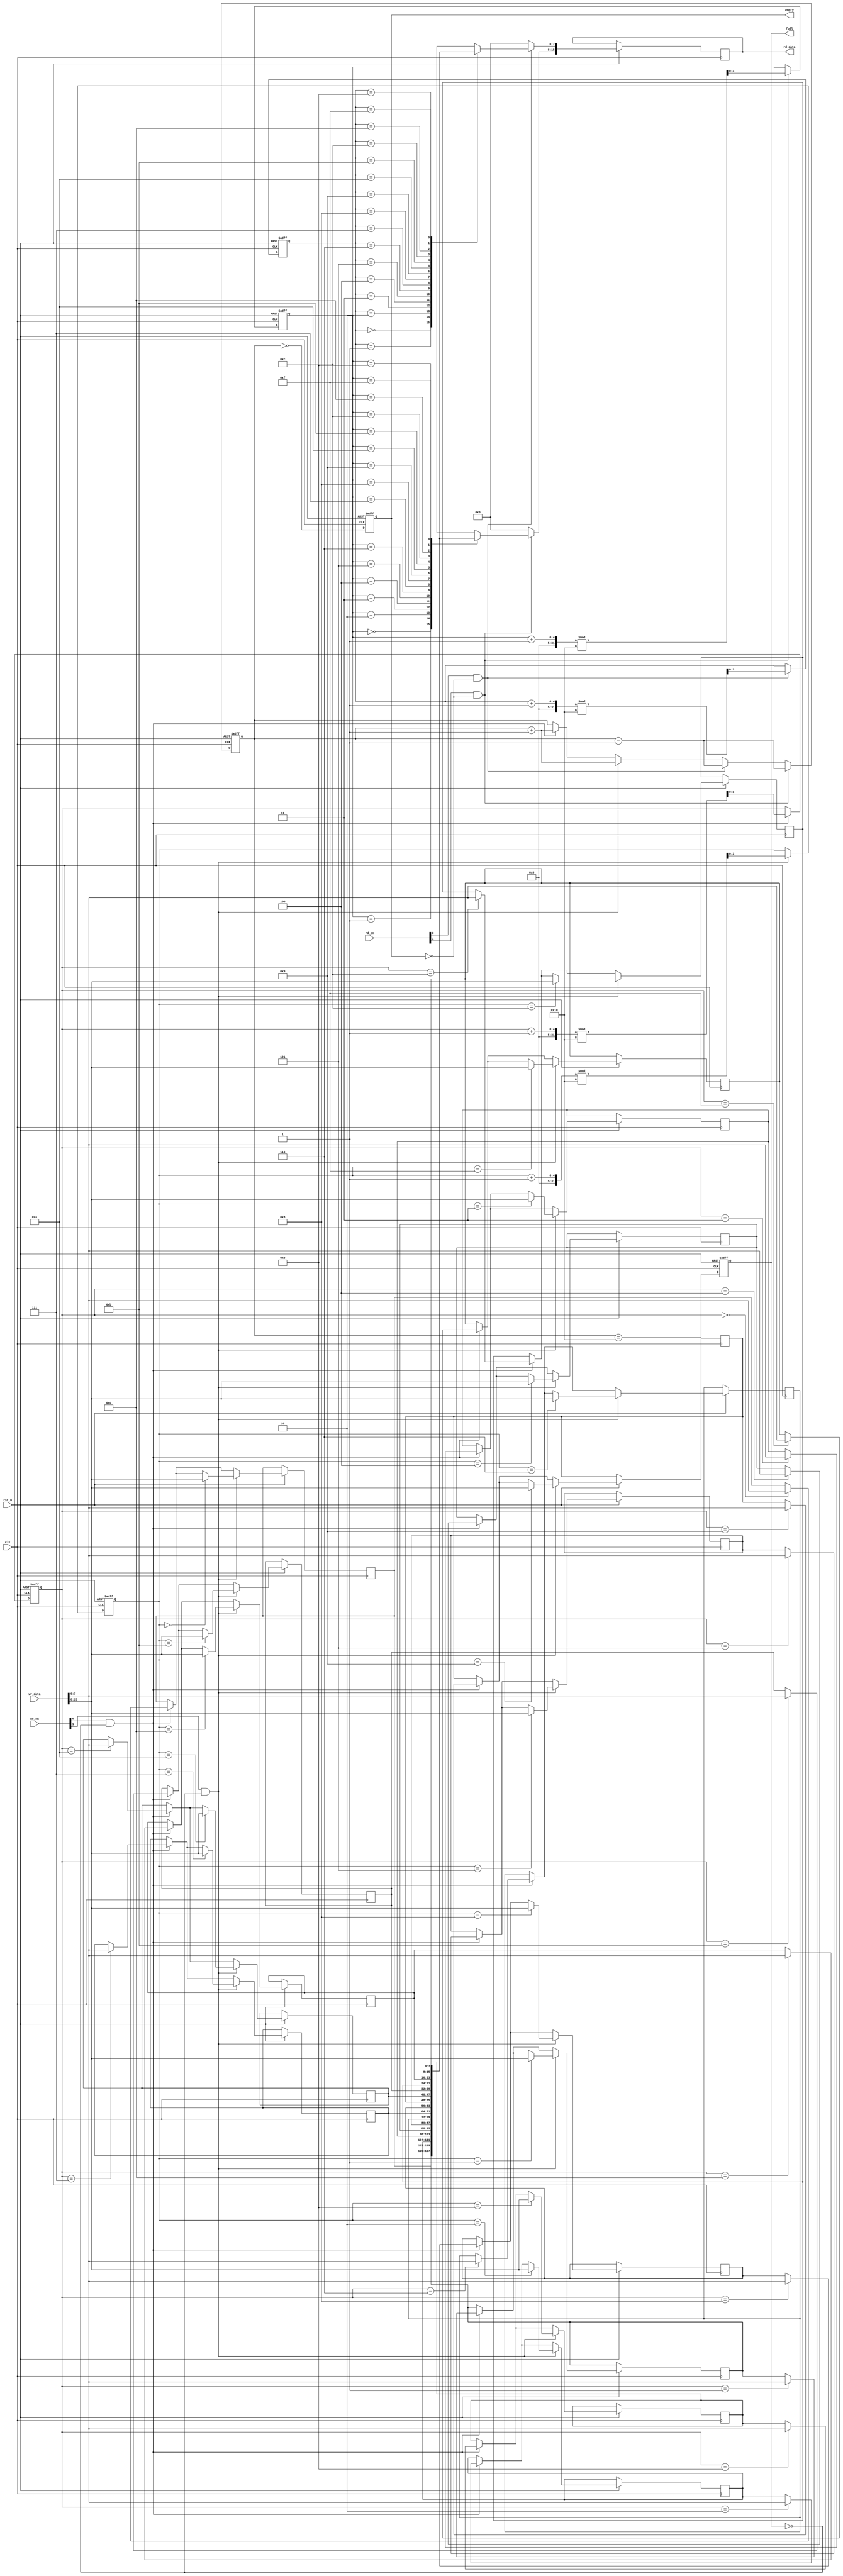
module multiport_fifo #(
    parameter DATA_WIDTH = 8,  // Width of the data
    parameter DEPTH = 16,       // Depth of the FIFO
    parameter NUM_WRITE_PORTS = 2, // Number of write ports
    parameter NUM_READ_PORTS = 2   // Number of read ports
) (
    input wire clk,
    input wire rst_n,
    
    // Write Ports
    input wire [NUM_WRITE_PORTS-1:0] wr_en, // Write enable for each port
    input wire [DATA_WIDTH*NUM_WRITE_PORTS-1:0] wr_data, // Write data for each port

    // Read Ports
    input wire [NUM_READ_PORTS-1:0] rd_en, // Read enable for each port
    output reg [DATA_WIDTH*NUM_READ_PORTS-1:0] rd_data, // Read data for each port

    // Status Flags
    output reg full,
    output reg empty
);

    // Memory array
    reg [DATA_WIDTH-1:0] fifo_mem [0:DEPTH-1];
    
    // Write pointers for each port
    reg [clog2(DEPTH)-1:0] wr_ptr [0:NUM_WRITE_PORTS-1];
    
    // Read pointers for each port
    reg [clog2(DEPTH)-1:0] rd_ptr [0:NUM_READ_PORTS-1];

    // Count of items in FIFO
    reg [clog2(DEPTH+1)-1:0] count;

    // Function to calculate log2
    function integer clog2(input integer value);
        begin
            value = value - 1;
            for (clog2 = 0; value > 0; clog2 = clog2 + 1)
                value = value >> 1;
        end
    endfunction

    // Asynchronous reset and write logic
    integer i;
    always @(posedge clk or negedge rst_n) begin
        if (!rst_n) begin
            // Reset all pointers and count
            for (i = 0; i < NUM_WRITE_PORTS; i = i + 1) begin
                wr_ptr[i] <= 0;
            end
            for (i = 0; i < NUM_READ_PORTS; i = i + 1) begin
                rd_ptr[i] <= 0;
            end
            count <= 0;
            full <= 0;
            empty <= 1;
        end else begin
            // Write Logic
            for (i = 0; i < NUM_WRITE_PORTS; i = i + 1) begin
                if (wr_en[i] && !full) begin
                    fifo_mem[wr_ptr[i]] <= wr_data[DATA_WIDTH*i +: DATA_WIDTH];
                    wr_ptr[i] <= (wr_ptr[i] + 1) % DEPTH;
                    count <= count + 1;
                end
            end

            // Read Logic
            rd_data = 0; // Default output
            for (i = 0; i < NUM_READ_PORTS; i = i + 1) begin
                if (rd_en[i] && !empty) begin
                    rd_data[DATA_WIDTH*i +: DATA_WIDTH] <= fifo_mem[rd_ptr[i]];
                    rd_ptr[i] <= (rd_ptr[i] + 1) % DEPTH;
                    count <= count - 1;
                end
            end

            // Update full and empty flags
            full <= (count == DEPTH);
            empty <= (count == 0);
        end
    end

endmodule